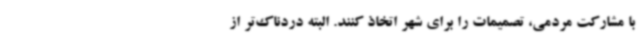
با مشارکت مردمی، تصمیمات را برای شهر اتخاذ کنند. البته دردناک‌تر از